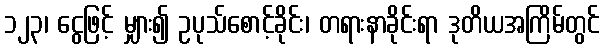
၁၂၃၊ ငွေဖြင့် မျှား၍ ဥပုသ်စောင့်ခိုင်း၊ တရားနာခိုင်းရာ ဒုတိယအကြိမ်တွင်